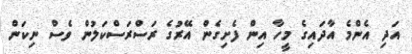
އަދި އެންމެ އާދައިގެ މީހާ އިން ފެށިގެން އޭރުގެ ރަސްރަސްކަލުން ވެސް ނިކަން